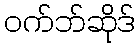
ဝက်ဘ်ဆိုဒ်